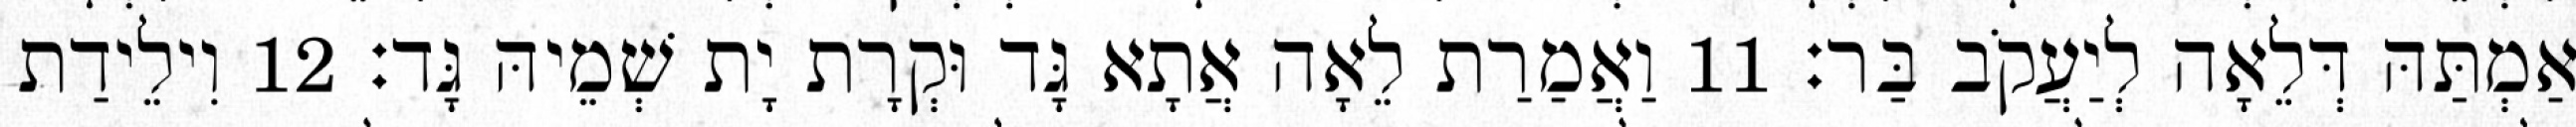
אַמְתַּהּ דְּלֵאָה לְיַעֲקֹב בַּר׃ 11 וַאֲמַרַת לֵאָה אֲתָא גָּד וּקְרָת יָת שְׁמֵיהּ גָּד׃ 12 וִילֵידַת